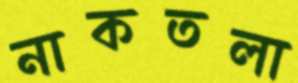
নাকতলা